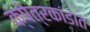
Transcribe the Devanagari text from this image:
क्षेत्रकांडात